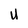
Character: U